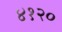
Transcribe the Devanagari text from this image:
४१२०